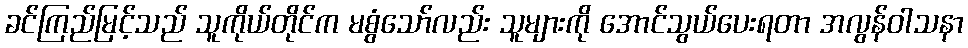
ခင်ကြည်မြင့်သည် သူကိုယ်တိုင်က မစွံသော်လည်း သူများကို အောင်သွယ်ပေးရတာ အလွန်ဝါသနာ